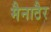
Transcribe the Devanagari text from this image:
मैनाठैर